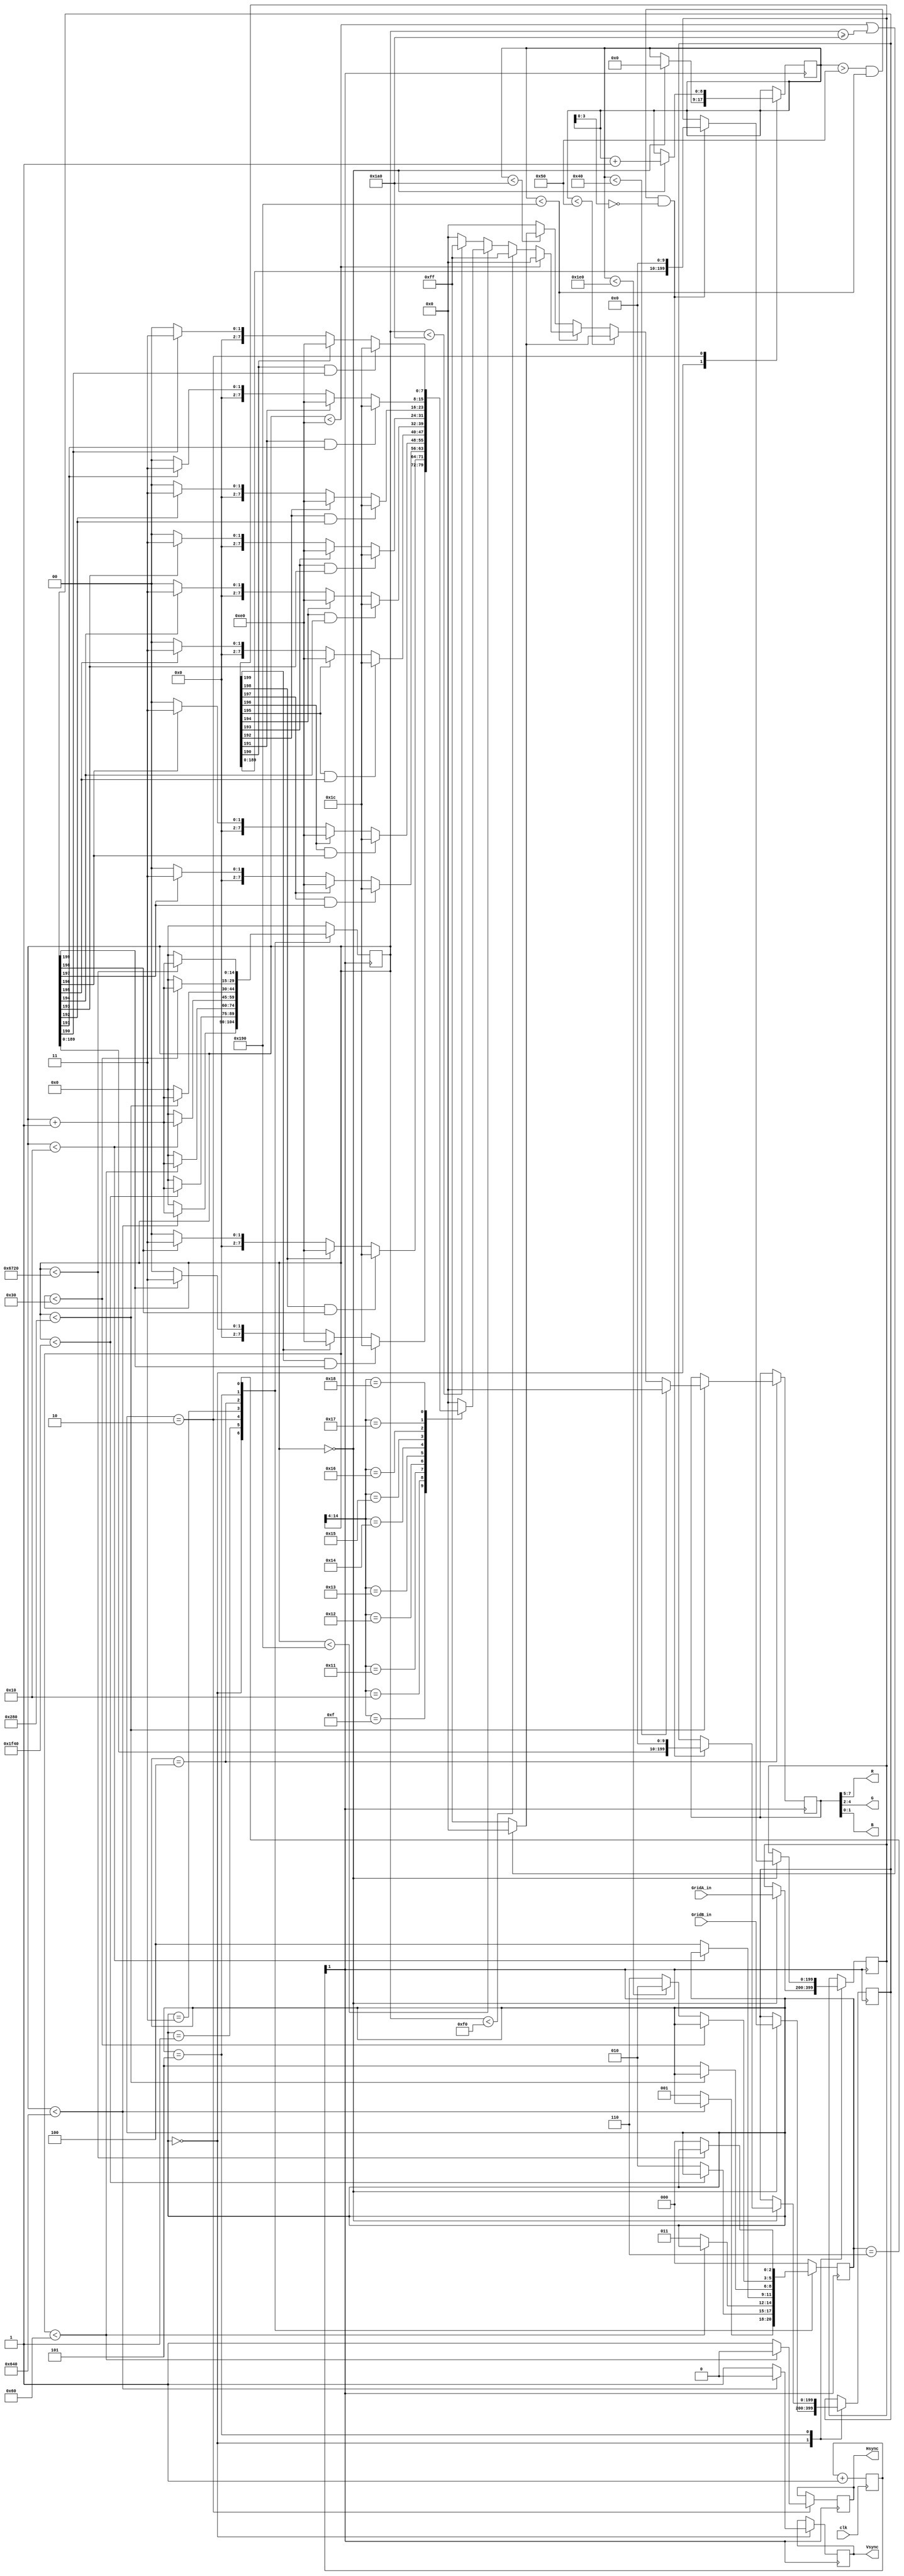
`timescale 1ns / 1ps
//////////////////////////////////////////////////////////////////////////////////
// Company: 
// Engineer: 
// 
// Design Name: 
// Module Name:    tetris_vga 
// Project Name: 
// Target Devices: 
// Tool versions: 
// Description: 
//
// Dependencies: 
//
// Revision: 
// Revision 0.01 - File Created
// Additional Comments: 
//
//////////////////////////////////////////////////////////////////////////////////
module tetris_vga(
	clk,
	GridA_in,
	GridB_in,
	Hsync,
	Vsync,
	R,
	G,
	B
    );

	input clk; // 100Mhz clock
	input [199:0] GridA_in; // blue grid
	input [199:0] GridB_in; // red grid
	output reg Hsync;
	output reg Vsync;
	output wire [2:0] R;
	output wire [2:0] G;
	output wire [1:0] B;
	
	reg [7:0] RGB;
	assign R = RGB[7:5];
	assign G = RGB[4:2];
	assign B = RGB[1:0];
	
	// state parameters
	parameter S_vs_sync   = 3'd0,
			  S_vs_fporch = 3'd1,
			  S_hs_sync   = 3'd2,
			  S_hs_fporch = 3'd3,
			  S_hs_active = 3'd4,
			  S_hs_bporch = 3'd5,
			  S_vs_bporch = 3'd6;
	
	// timing parameters.
	// Number of 25.175Mhz clock cycles per state.
	parameter VS_SYNC   = 1600,
			  VS_FPORCH = 8000,
			  HS_SYNC   = 96,
			  HS_FPORCH = 16,
			  HS_BPORCH = 48,
			  VS_BPORCH = 26400;
	
	// screen size parameters
	// Number of pixels in the screen
	parameter SCREEN_HEIGHT = 480,
			  SCREEN_WIDTH  = 640;

	parameter BORDER_WIDTH  = 16,
			  SQUARE_WIDTH  = 16;

	// alignment and sizing parameters
	parameter LMARGIN_END   = 224,
			  LBORDER_END   = 240, // LMARGIN_END + BORDER_WIDTH
			  HGAME_END     = 400, // LBORDER_END + 10*SQUARE_WIDTH
			  RBORDER_END   = 416; // GAME_END + BORDER_WIDTH
	parameter TMARGIN_END   = 64,
			  TBORDER_END   = 80,  // TMARGIN_END + BORDER_WIDTH
			  VGAME_END     = 400, // TBORDER_END + 20*SQUARE_WIDTH
			  BBORDER_END   = 416; // VGAME_END + BORDER_WIDTH
			  
	parameter GAME_HSHIFT = 15; // LBORDER_END / 16
	
	// colors
	parameter COLOR_BACKGROUND = 8'b000_000_00,
			  COLOR_BORDER     = 8'b111_111_11,
			  COLOR_GRIDA      = 8'b111_000_00,
			  COLOR_GRIDB      = 8'b000_000_11,
			  COLOR_BOTH       = 8'b000_111_00;
			  
	reg [199:0] GridA_buff;
	reg [199:0] GridB_buff;
	reg [2:0] state;
	reg [14:0] state_counter;
	reg [8:0] line_counter = 1;
	
	wire [9:0] a = GridA_buff[199:190];
	wire [9:0] b = GridB_buff[199:190];
	
	reg [1:0] clock_divider;
	wire pxl_clk = clock_divider[1];
	
	always @(posedge clk) begin
		clock_divider <= clock_divider + 1'b1;
	end
	
	always @(posedge pxl_clk) begin
		case (state)
		S_vs_sync:
			begin
				if (state_counter == 0) begin
					GridA_buff <= GridA_in;
					GridB_buff <= GridB_in;
					line_counter <= 0;
				end
				if (state_counter < VS_SYNC) begin
					Vsync <= 1'b0;
					state_counter <= state_counter + 1'b1;
				end
				else begin
					Vsync <= 1'b1;
					state_counter <= 0;
					state <= S_vs_fporch;
				end
			end
		S_vs_fporch:
			begin
				if (state_counter < VS_FPORCH)
					state_counter <= state_counter + 1'b1;
				else begin
					state_counter <= 0;
					state <= S_hs_sync;
				end
			end
		S_hs_sync:
			begin
				if (state_counter == 0)
					line_counter <= line_counter + 1'b1;
				if (state_counter < HS_SYNC) begin
					Hsync <= 1'b0;
					state_counter <= state_counter + 1'b1;
				end
				else begin
					Hsync <= 1'b1;
					state_counter <= 0;
					state <= S_hs_fporch;
				end
			end
		S_hs_fporch:
			begin
				if (state_counter < HS_FPORCH)
					state_counter <= state_counter + 1'b1;
				else begin
					state_counter <= 0;
					state <= S_hs_active;
				end
			end
		S_hs_active:
			begin
				if (state_counter < SCREEN_WIDTH) begin
					state_counter <= state_counter + 1'b1;
					
					// draw top margin
					if (line_counter < TMARGIN_END)
						RGB <= COLOR_BACKGROUND;

					// draw top border
					else if (line_counter < TBORDER_END) begin
						if (state_counter < LMARGIN_END	|| state_counter >= RBORDER_END)
							RGB <= COLOR_BACKGROUND;
						else
							RGB <= COLOR_BORDER;
					end
					
					// draw game lines
					else if (line_counter < VGAME_END) begin
						if (state_counter < LMARGIN_END)
							RGB <= COLOR_BACKGROUND;
						else if (state_counter < LBORDER_END)
							RGB <= COLOR_BORDER;
						else if (state_counter < HGAME_END)
							case (state_counter >> 4)
								GAME_HSHIFT:     RGB <= (a[9] & b[9]) ? COLOR_BOTH : (a[9]) ? COLOR_GRIDA : (b[9]) ? COLOR_GRIDB : COLOR_BACKGROUND;
								GAME_HSHIFT + 1: RGB <= (a[8] & b[8]) ? COLOR_BOTH : (a[8]) ? COLOR_GRIDA : (b[8]) ? COLOR_GRIDB : COLOR_BACKGROUND;
								GAME_HSHIFT + 2: RGB <= (a[7] & b[7]) ? COLOR_BOTH : (a[7]) ? COLOR_GRIDA : (b[7]) ? COLOR_GRIDB : COLOR_BACKGROUND;
								GAME_HSHIFT + 3: RGB <= (a[6] & b[6]) ? COLOR_BOTH : (a[6]) ? COLOR_GRIDA : (b[6]) ? COLOR_GRIDB : COLOR_BACKGROUND;
								GAME_HSHIFT + 4: RGB <= (a[5] & b[5]) ? COLOR_BOTH : (a[5]) ? COLOR_GRIDA : (b[5]) ? COLOR_GRIDB : COLOR_BACKGROUND;
								GAME_HSHIFT + 5: RGB <= (a[4] & b[4]) ? COLOR_BOTH : (a[4]) ? COLOR_GRIDA : (b[4]) ? COLOR_GRIDB : COLOR_BACKGROUND;
								GAME_HSHIFT + 6: RGB <= (a[3] & b[3]) ? COLOR_BOTH : (a[3]) ? COLOR_GRIDA : (b[3]) ? COLOR_GRIDB : COLOR_BACKGROUND;
								GAME_HSHIFT + 7: RGB <= (a[2] & b[2]) ? COLOR_BOTH : (a[2]) ? COLOR_GRIDA : (b[2]) ? COLOR_GRIDB : COLOR_BACKGROUND;
								GAME_HSHIFT + 8: RGB <= (a[1] & b[1]) ? COLOR_BOTH : (a[1]) ? COLOR_GRIDA : (b[1]) ? COLOR_GRIDB : COLOR_BACKGROUND;
								GAME_HSHIFT + 9: RGB <= (a[0] & b[0]) ? COLOR_BOTH : (a[0]) ? COLOR_GRIDA : (b[0]) ? COLOR_GRIDB : COLOR_BACKGROUND;
								default:		 RGB <= COLOR_BACKGROUND;
							endcase
						else if (state_counter < RBORDER_END)
							RGB <= COLOR_BORDER;
						else
							RGB <= COLOR_BACKGROUND;
					end

					// draw bottom border
					else if (line_counter < BBORDER_END) begin
						if (state_counter < LMARGIN_END || state_counter >= RBORDER_END)
							RGB <= COLOR_BACKGROUND;
						else
							RGB <= COLOR_BORDER;
					end
					
					// draw bottom margin
					else
						RGB <= COLOR_BACKGROUND;
				end
				else begin
					state_counter <= 0;
					state <= S_hs_bporch;
				end
			end
		S_hs_bporch:
			begin
				if (state_counter == 0) begin
					if (line_counter > TBORDER_END
							&& line_counter < VGAME_END
							&& line_counter[3:0] == 0) begin
						
						GridA_buff <= GridA_buff << 10;
						GridB_buff <= GridB_buff << 10;
					end
				end
				if (state_counter < HS_BPORCH)
					state_counter <= state_counter + 1'b1;
				else begin
					state_counter <= 0;
					if (line_counter < SCREEN_HEIGHT)
						state <= S_hs_sync;
					else
						state <= S_vs_bporch;
				end
			end
		S_vs_bporch:
			begin
				if (state_counter < VS_BPORCH)
					state_counter <= state_counter + 1'b1;
				else begin
					state_counter <= 0;
					state <= S_vs_sync;
				end
			end
		default:
			begin
				state <= S_vs_sync;
				state_counter <= 0;
			end
		endcase
	end

endmodule